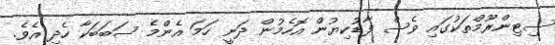
ސިޓިންރޫމްތަކުގައި ވެސް ފާޑުކިޔުން އޮހެމުން ދަނީ ހަމަ އެންމެ ސަބަބަކާ ހެދި އެވެ.